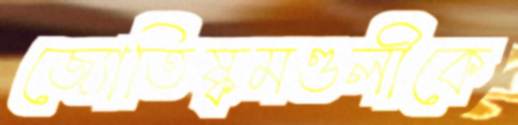
জ্যোতিষ্কমণ্ডলীকে